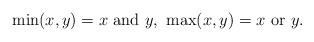
LaTeX: \begin{align*}\min(x,y) = x\hbox{ and }y \hbox{, }\max(x,y) = x\hbox{ or }y.\end{align*}